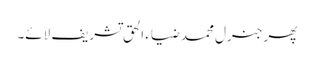
پھر جنرل محمد ضیاء الحق تشریف لائے۔